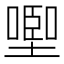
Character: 𰊩